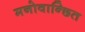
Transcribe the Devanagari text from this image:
मनोवान्छित